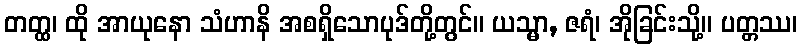
တတ္ထ၊ ထို အာယုနော သံဟာနိ အစရှိသောပုဒ်တို့တွင်။ ယသ္မာ, ဇရံ၊ အိုခြင်းသို့။ ပတ္တဿ၊